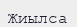
Жиылса